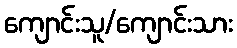
ကျောင်းသူ/ကျောင်းသား